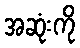
အဆုံးကို